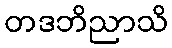
တဒဘိညာသိ